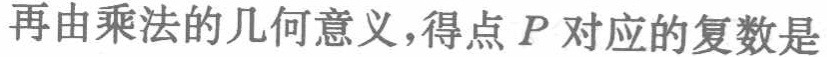
再由乘法的几何意义，得点\(P\)对应的复数是